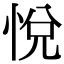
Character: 悅